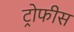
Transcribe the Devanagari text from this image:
ट्रोफीस